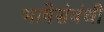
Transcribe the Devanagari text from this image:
भाषेसंबंधी